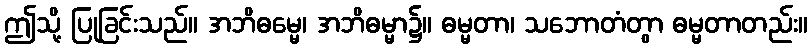
ဤသို့ ပြုခြင်းသည်။ အဘိဓမ္မေ၊ အဘိဓမ္မာ၌။ ဓမ္မတာ၊ သဘောတံတွာ ဓမ္မတာတည်း။